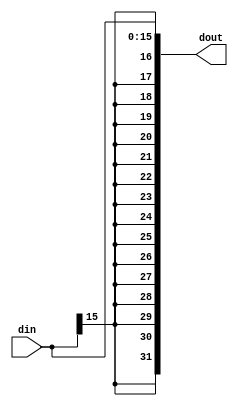
`timescale 1ns / 1ps

////////////////////////////////////////////////////////////////////////////////
// Company:       Universidad Nacional de Cordoba
//                Nicolas Quinteros Castilla
//
// Module Name:   S_EXTEND
// Project Name:  MIPS 
// Description:   Sign extender.
//
// Dependencies:  None
//
////////////////////////////////////////////////////////////////////////////////

module S_EXTEND
#(
    // Parameters.
    parameter   IN_SIZE = 16,
    parameter   OUT_SIZE = 32
)
(   input   [(IN_SIZE - 1):0]   din,
    output  [(OUT_SIZE - 1):0]  dout);
//    parameter IN_SIZE = 16;
//	parameter OUT_SIZE = 32;
	assign dout[(OUT_SIZE - 1):0] = { { IN_SIZE{din[(IN_SIZE - 1)]} }, din[(IN_SIZE - 1):0] };
endmodule